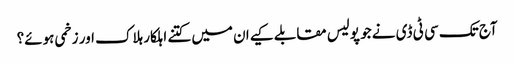
آج تک سی ٹی ڈی نے جو پولیس مقابلے کیےان میں کتنے اہلکار ہلاک اور زخمی ہوئے؟